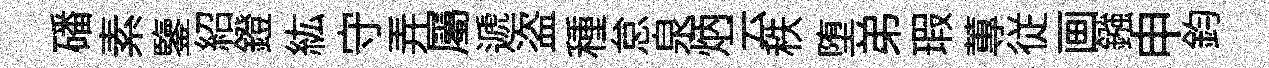
磻素鑒紹鐙紘守弄屬遞盗種怠泉炳云秩堕弟瑕蓴従画鏹申鈞